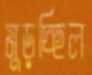
মুড়চ্ছিল